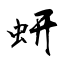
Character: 蚈